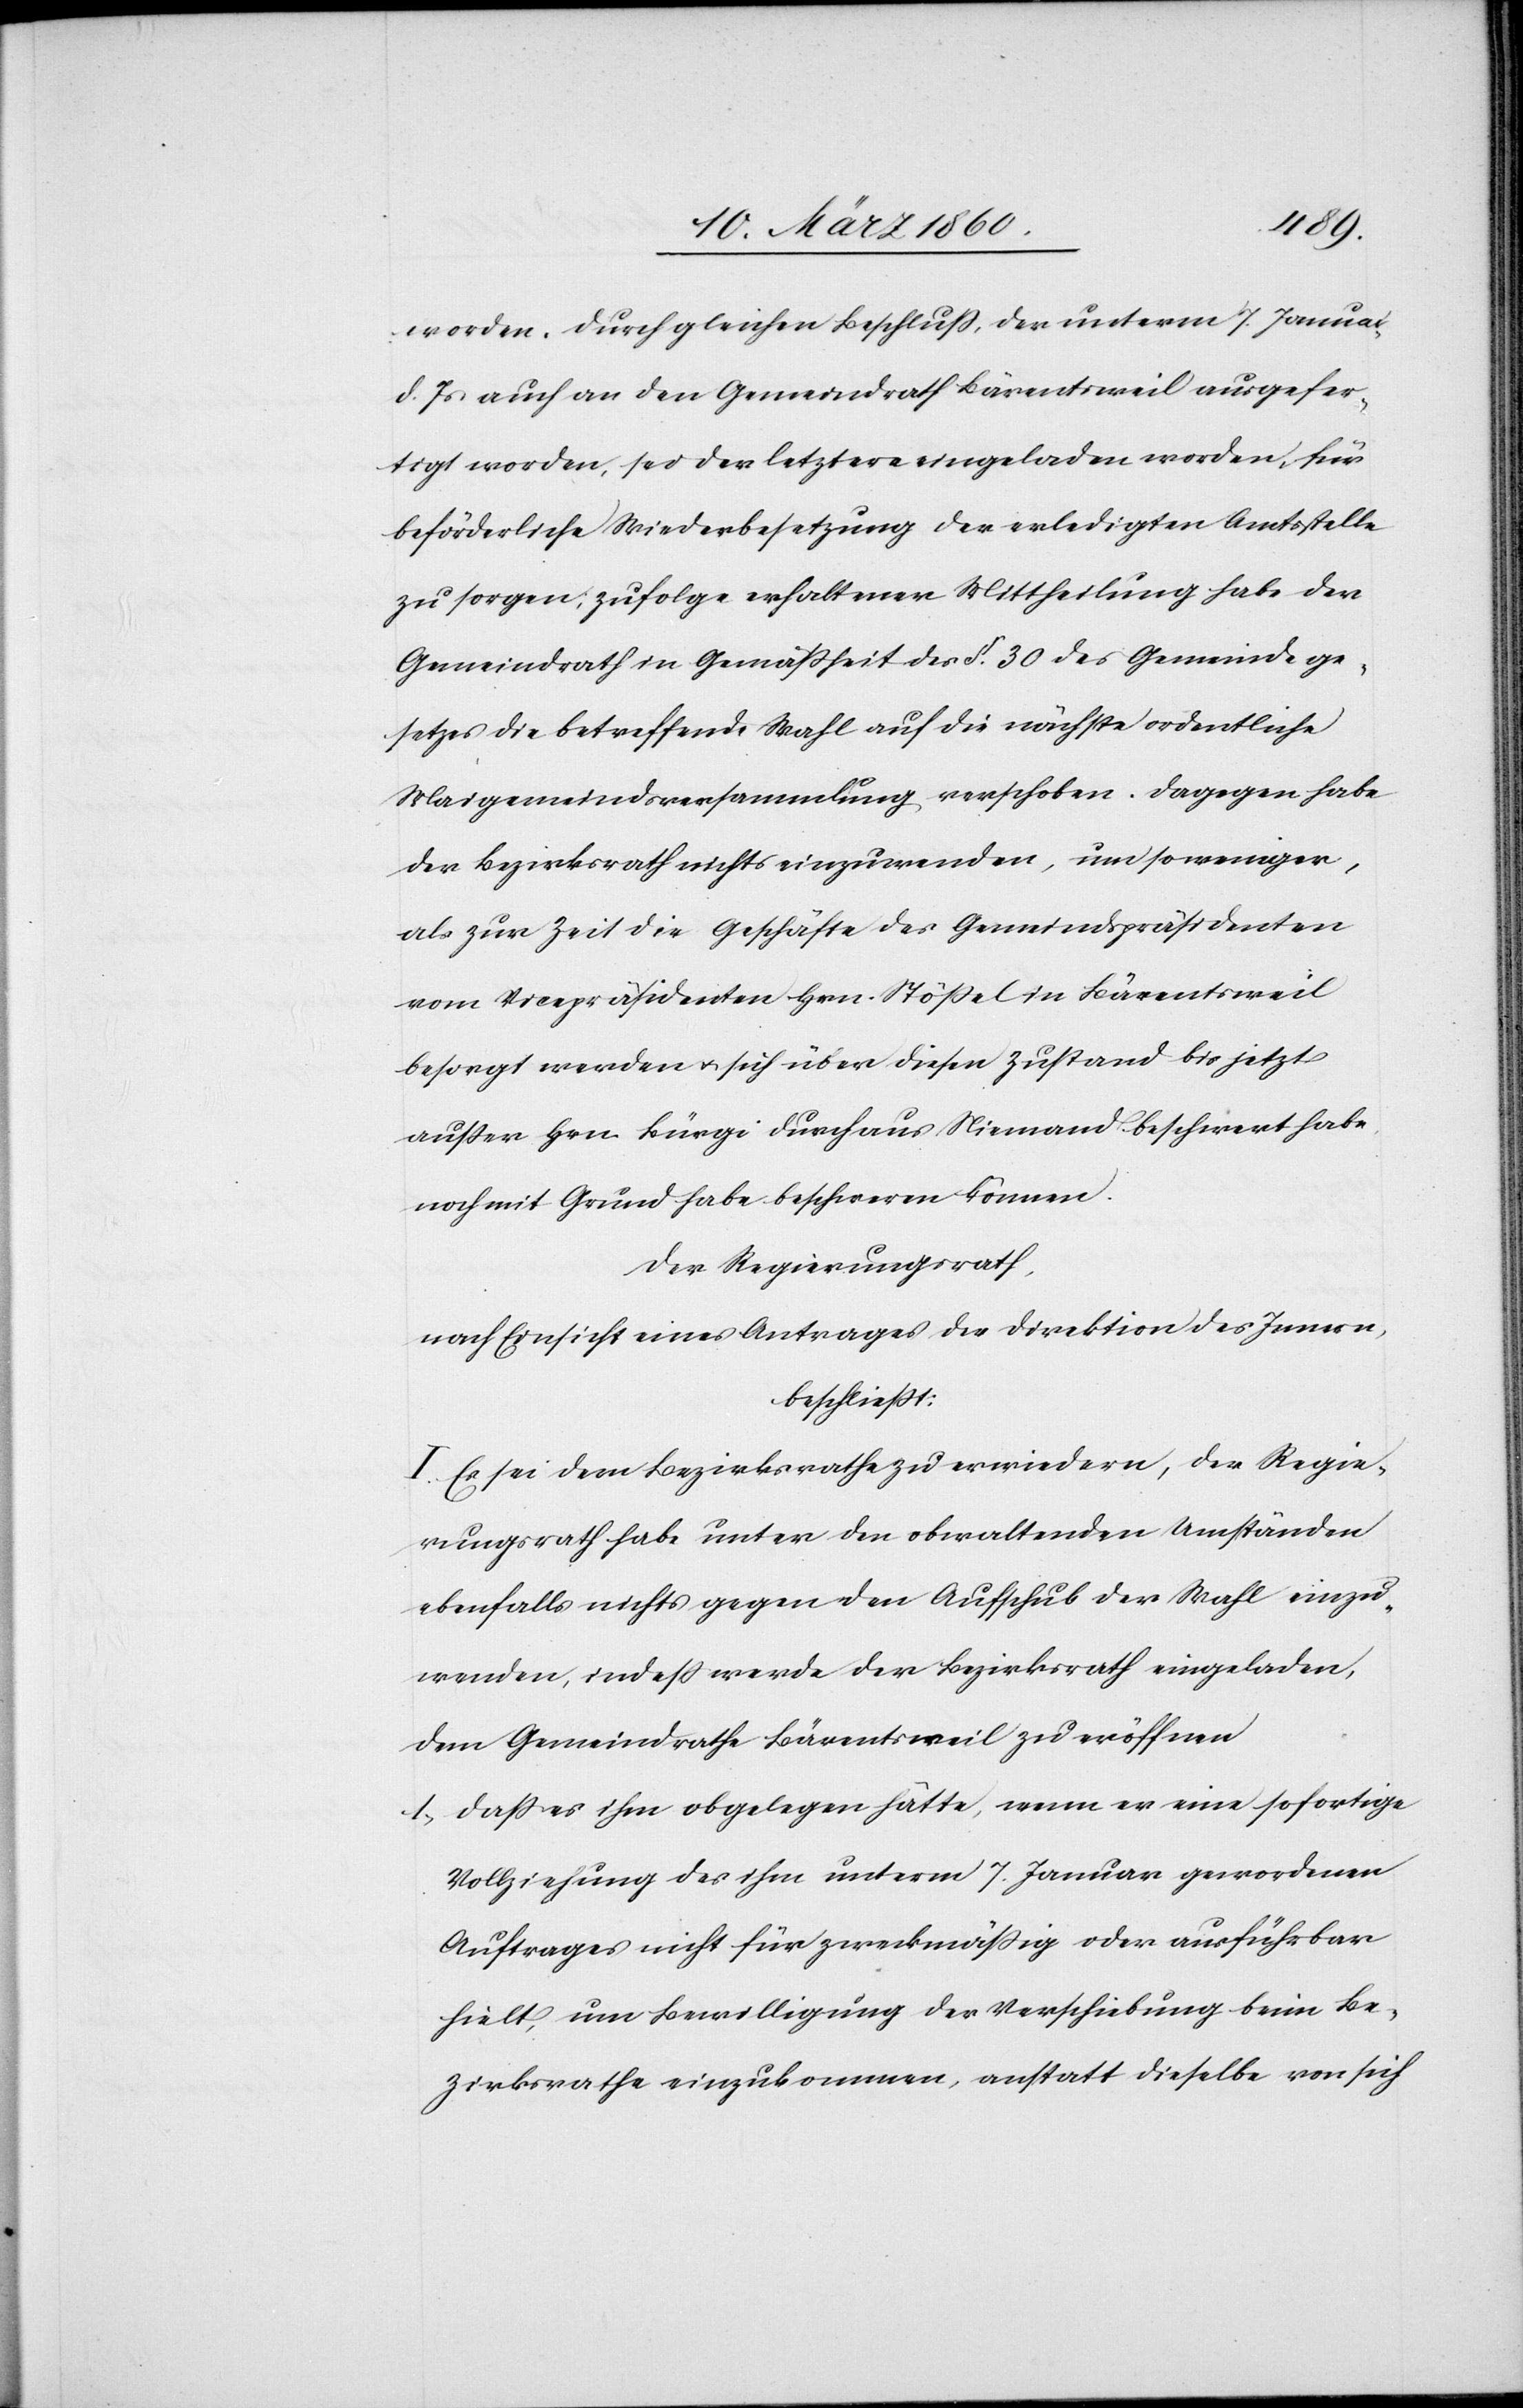
worden, durch gleichen Beschluss, der unterm 7. Januar
d. Js. auch an den Gemeindrath Bärentsweil ausgefer¬
tigt worden, sei der letztere eingeladen worden, für
beförderliche Widerbesetzung der erledigten Amtsstelle
zu sorgen, zufolge erhaltener Mittheilung habe der
Gemeindrath in Gemässheit des §. 30. des Gemeindege¬
setzes die betreffende Wahl auf die nächste ordentliche
Maigemeindsversammlung verschoben. Dagegen habe
der Bezirksrath nichts einzuwenden, um so weniger,
als zur Zeit die Geschäfte des Gemeindspräsidenten
vom Vicepräsidenten Hrn. Stössel in Bärentsweil
besorgt werden u. sich über diesen Zustand bis jetzt
ausser Hrn. Bürgi durchaus Niemand beschwert habe
noch mit Grund habe beschwerden können.
Der Regierungsrath,
nach Einsicht eines Antrages der Direktion des Innern,
beschliesst:
I. Es sei dem Bezirksrathe zu erwiedern, der Regie¬
rungsrath habe unter den obwaltenden Umständen
ebenfalls nichts gegen den Aufschub der Wahl einzu¬
wenden, indess werde der Bezirksrath eingeladen,
dem Gemeindrathe Bärentsweil zu eröffnen
1. dass es ihm obgelegen hätte, wenn er eine sofortige
Vollziehung des ihm unterm 7. Januar gewordenen
Auftrages nicht für zweckmässig oder ausführbar
hielt, um Bewilligung der Verschiebung beim Be¬
zirksrathe einzukommen, anstatt dieselbe von sich